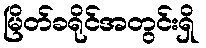
မြိတ်ခရိုင်အတွင်းရှိ